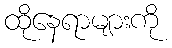
ထိုနေရာများကို